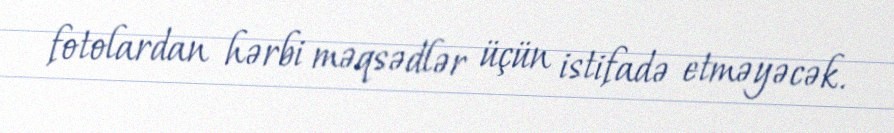
fotolardan hərbi məqsədlər üçün istifadə etməyəcək.